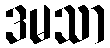
ဒမသာ